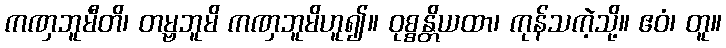
ကဏှဘူမီတိ၊ တမ္ဗဘူမိ ကဏှဘူမိဟူ၍။ ဝုစ္စန္တိယထာ၊ ကုန်သကဲ့သို့။ ဧဝံ၊ တူ။